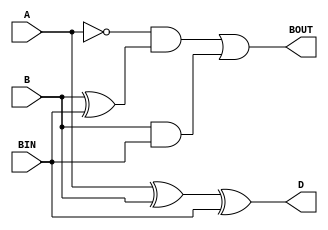
`timescale 1ps / 1ps

module subtractor( A, B, BIN, D, BOUT );
  input A, B, BIN;
  output D, BOUT;
  
  assign #2 D = A ^ B ^ BIN;				// D = A xor B xor BIN
  assign #2 BOUT = ( (~A) & (B ^ BIN) ) | ( B & BIN );
													// BOUT = ( A' and (B xor BIN) )
													//				or ( B and BIN )
													
													
endmodule



module sub_16( A, B, BIN, D, BOUT );
  input [15 : 0] A, B;
  input BIN;
  output [15 : 0] D;
  output BOUT;
  
  wire [16 : 0] wBIN;
  
  // First Subtractor with BIN as the first Borrow In
  subtractor sub1( .A(A[0]), .B(B[0]), .BIN(BIN), .D(D[0]), .BOUT(wBIN[0]) );
  
  //Generate Loop to generate the 16 Subtractors
  genvar i;
  generate for( i = 1; i < 16; i = i+1 )
    begin : SUBTRACT
	   subtractor sub1( .A(A[i]), .B(B[i]), .BIN(wBIN[i-1]), .D(D[i]), .BOUT(wBIN[i]) );
	 end
  endgenerate
  
  
  assign BOUT = wBIN[15];		// Move MSB of wBIN to BOUT as Borrow out
										//   of 16-bit subtractor
  
endmodule